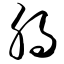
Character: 脶